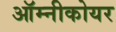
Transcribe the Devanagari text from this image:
ऑम्नीकोयर